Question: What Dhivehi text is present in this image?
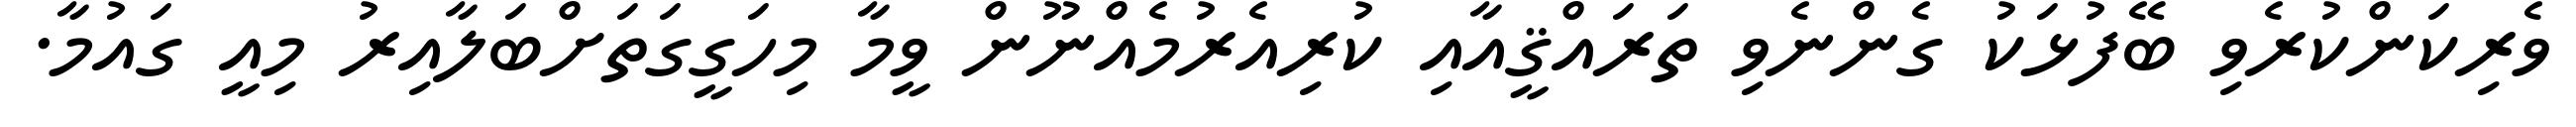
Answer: ވެރިކަންކުރެވި ބޭފުޅަކު ގެންނެވި ތަރައްޤީއާއި ކުރިއެރުމެއްނޫން ވީމާ މިހަގީގަތަށްބަލާއިރު މިއީ ގައުމާ.